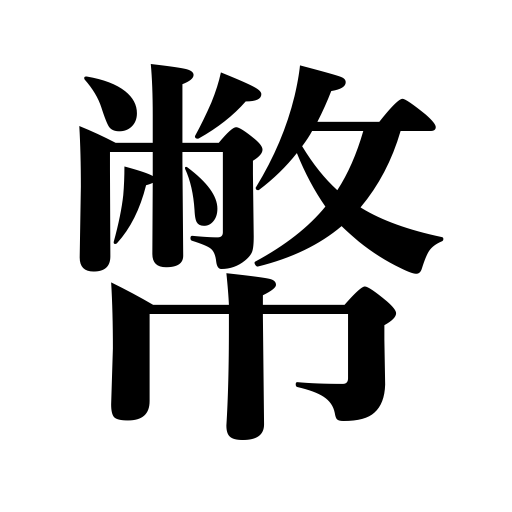
Meanings: Shinto zigzag paper offerings,bad habit,humble prefix,gift